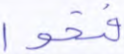
فتحوا